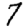
Digit: 7